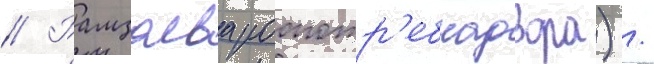
// Рамзаева роспотр'ебнадзора) /